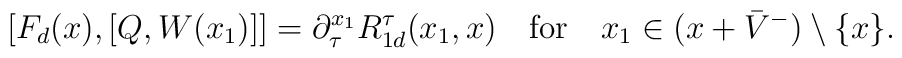
\lbrack F_{d}(x),[Q,W(x_{1})]]=\partial _{\tau }^{x_{1}}R_{1d}^{\tau}(x_{1},x)\quad \mathrm{for}\quad x_{1}\in (x+\bar{V}^{-})\setminus \{x\}.